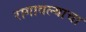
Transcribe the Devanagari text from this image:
रागावल्याचा